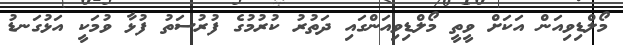
މޯލްޑިވިއަން އަކަށް ވީތީ މޯލްޑިވިއަންގައި ދަތުރު ކުރުމުގެ ފުރުސަތު ފުޅާ ވުމަކީ އަޅުގަނޑު